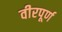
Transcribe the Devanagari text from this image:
वीरपूर्ण